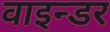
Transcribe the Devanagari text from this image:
वाइन्डर